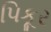
પિકૂર